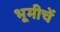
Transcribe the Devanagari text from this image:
भूमीचें